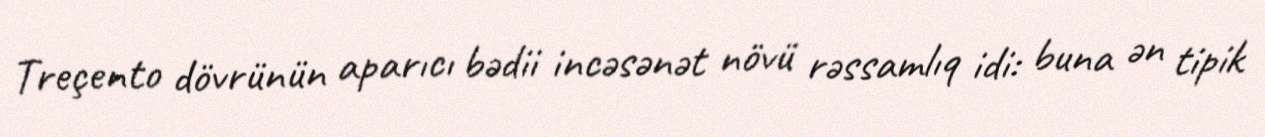
Treçento dövrünün aparıcı bədii incəsənət növü rəssamlıq idi: buna ən tipik